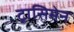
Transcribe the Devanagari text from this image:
ट्रासिमेन